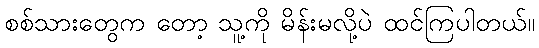
စစ်သားတွေက တော့ သူ့ကို မိန်းမလို့ပဲ ထင်ကြပါတယ်။